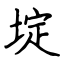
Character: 埞